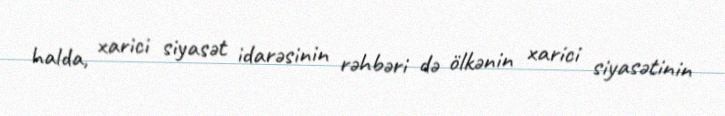
halda, xarici siyasət idarəsinin rəhbəri də ölkənin xarici siyasətinin